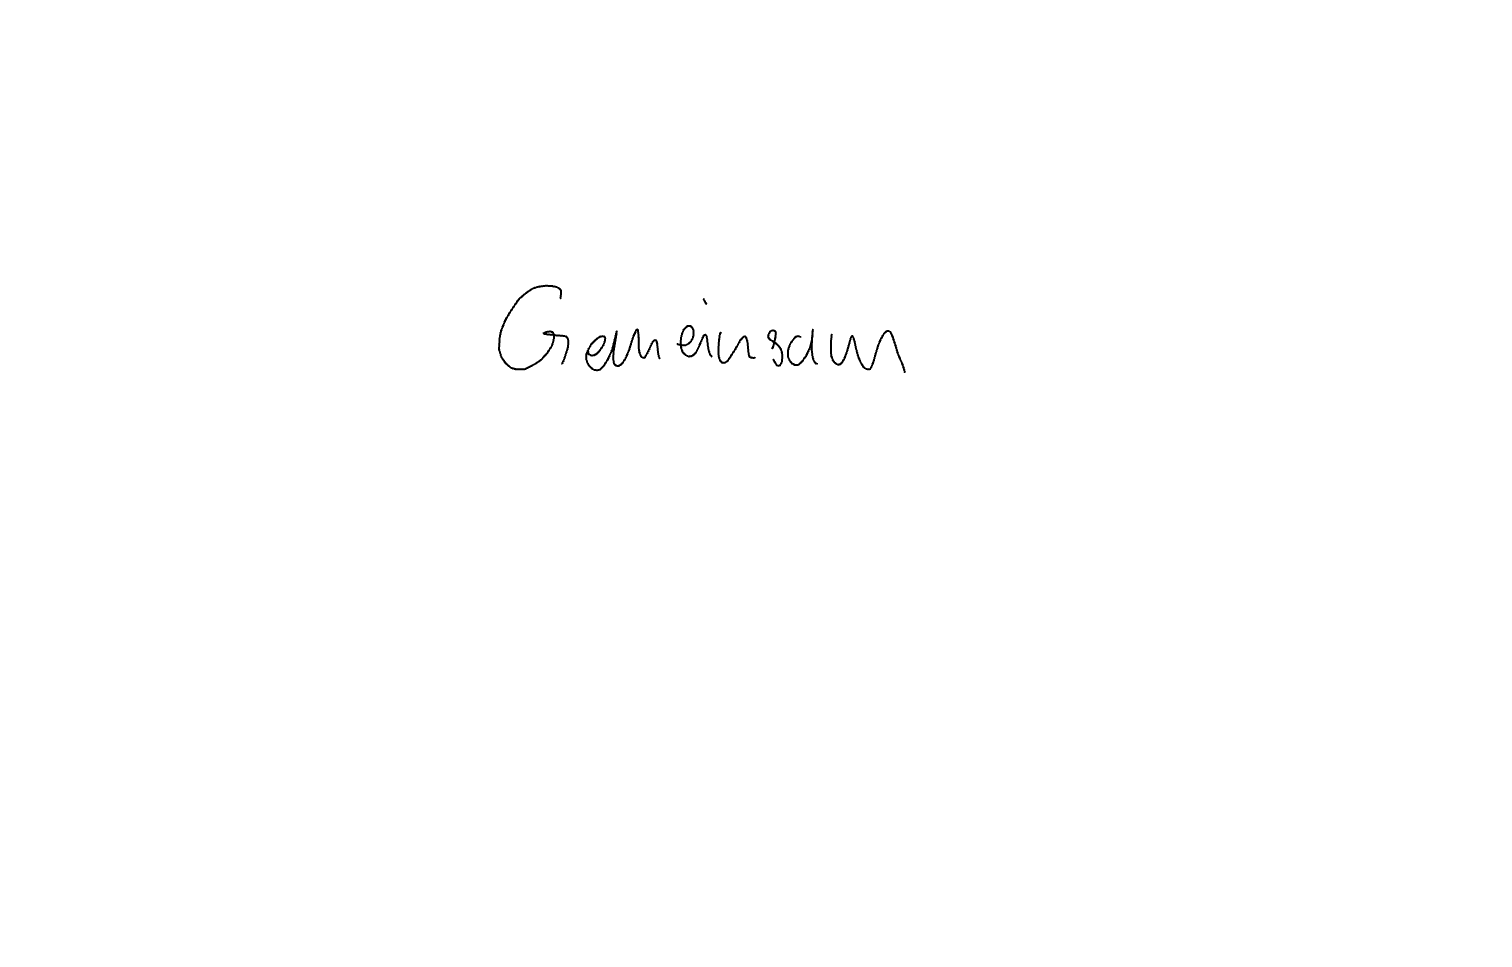
Text: Gemeinsam